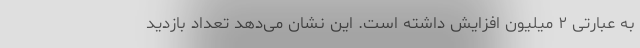
به عبارتی ۲ میلیون افزایش داشته است. این نشان می‌دهد تعداد بازدید